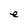
Character: e